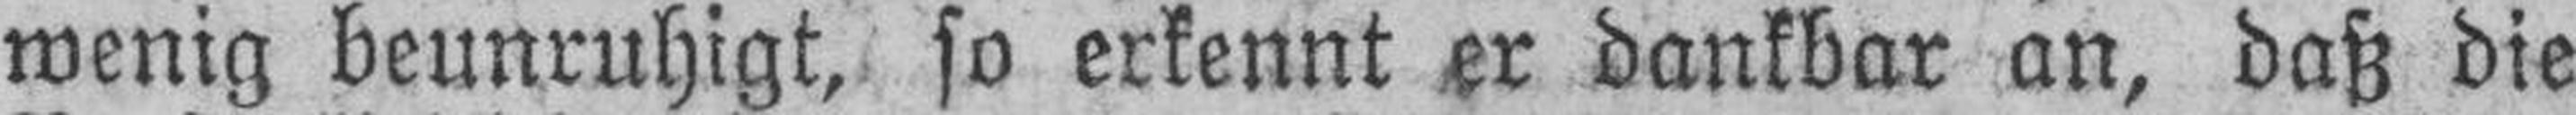
wenig beunruhigt, so erkennt dankbar an, daß die